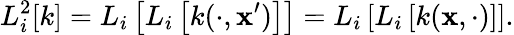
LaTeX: L_{i}^{2}[k]=L_{i}\left[L_{i}\left[k(\cdot,\textbf{x}^{\prime})\right]\right]=L_{i}\left[L_{i}\left[k(\textbf{x},\cdot)\right]\right].